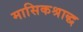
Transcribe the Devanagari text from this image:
मासिकश्राद्ध